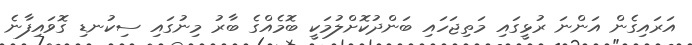
އަރައިގެން އަންނަ ރުޅީގައި މަތިޖަހައި ބަންދުކޮށްލުމަކީ ބޮމެއްގެ ބާރު މިނުގައި ސިކުނޑި ގޮވައިފާނެ